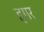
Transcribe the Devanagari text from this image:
हगर